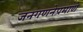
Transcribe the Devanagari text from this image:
जनगणनेप्रमाणे